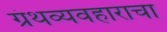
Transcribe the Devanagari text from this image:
ग्रंथव्यवहाराचा